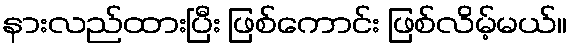
နားလည်ထားပြီး ဖြစ်ကောင်း ဖြစ်လိမ့်မယ်။